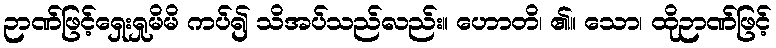
ဉာဏ်ဖြင့်ရှေးရှုမိမိ ကပ်၍ သိအပ်သည်လည်း။ ဟောတိ၊ ၏။ သော၊ ထိုဉာဏ်ဖြင့်